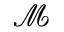
\mathcal { M }